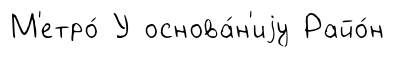
М'етро́ У основа́н'иjу Райо́н